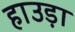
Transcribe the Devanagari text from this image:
हाउड़ा